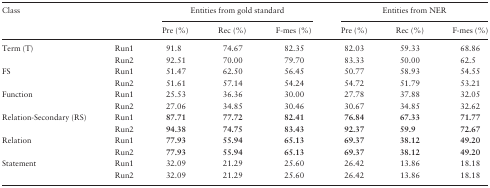
<table><thead><tr><td rowspan="2" colspan="2"><b>Class</b></td><td colspan="3"><b>Entities from gold standard</b></td><td colspan="3"><b>Entities from NER</b></td></tr><tr><td><b>Pre (%)</b></td><td><b>Rec (%)</b></td><td><b>F-mes (%)</b></td><td><b>Pre (%)</b></td><td><b>Rec (%)</b></td><td><b>F-mes (%)</b></td></tr></thead><tbody><tr><td rowspan="2">Term (T)</td><td>Run1</td><td>91.8</td><td>74.67</td><td>82.35</td><td>82.03</td><td>59.33</td><td>68.86</td></tr><tr><td>Run2</td><td>92.51</td><td>70.00</td><td>79.70</td><td>83.33</td><td>50.00</td><td>62.5</td></tr><tr><td rowspan="2">FS</td><td>Run1</td><td>51.47</td><td>62.50</td><td>56.45</td><td>50.77</td><td>58.93</td><td>54.55</td></tr><tr><td>Run2</td><td>51.61</td><td>57.14</td><td>54.24</td><td>54.72</td><td>51.79</td><td>53.21</td></tr><tr><td rowspan="2">Function</td><td>Run1</td><td>25.53</td><td>36.36</td><td>30.00</td><td>27.78</td><td>37.88</td><td>32.05</td></tr><tr><td>Run2</td><td>27.06</td><td>34.85</td><td>30.46</td><td>30.67</td><td>34.85</td><td>32.62</td></tr><tr><td rowspan="2">Relation-Secondary (RS)</td><td>Run1</td><td><b>87.71</b></td><td><b>77.72</b></td><td><b>82.41</b></td><td><b>76.84</b></td><td><b>67.33</b></td><td><b>71.77</b></td></tr><tr><td>Run2</td><td><b>94.38</b></td><td><b>74.75</b></td><td><b>83.43</b></td><td><b>92.37</b></td><td><b>59.9</b></td><td><b>72.67</b></td></tr><tr><td rowspan="2">Relation</td><td>Run1</td><td><b>77.93</b></td><td><b>55.94</b></td><td><b>65.13</b></td><td><b>69.37</b></td><td><b>38.12</b></td><td><b>49.20</b></td></tr><tr><td>Run2</td><td><b>77.93</b></td><td><b>55.94</b></td><td><b>65.13</b></td><td><b>69.37</b></td><td><b>38.12</b></td><td><b>49.20</b></td></tr><tr><td rowspan="2">Statement</td><td>Run1</td><td>32.09</td><td>21.29</td><td>25.60</td><td>26.42</td><td>13.86</td><td>18.18</td></tr><tr><td>Run2</td><td>32.09</td><td>21.29</td><td>25.60</td><td>26.42</td><td>13.86</td><td>18.18</td></tr></tbody></table>